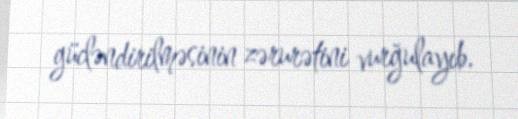
gücləndirilməsinin zərurətini vurğulayıb.